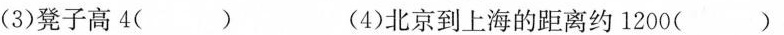
(3)凳子高4 （ ) (4)北京到上海的距离约1200( )